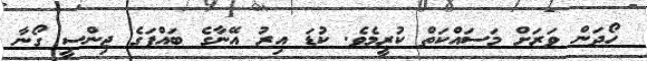
ހޯދަން ވަރަށް މަސައްކަތް ކުރީމެވެ. ކުޑަ އިރު އޭނާގެ ބައްޕަގެ ޖިންސީ ގޯނާ